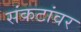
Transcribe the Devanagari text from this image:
संकटांवर